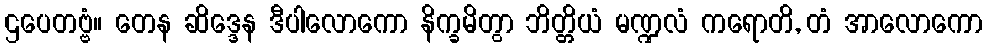
ဌပေတဗ္ဗံ။ တေန ဆိဒ္ဒေန ဒီပါလောကော နိက္ခမိတွာ ဘိတ္တိယံ မဏ္ဍလံ ကရောတိ, တံ အာလောကော